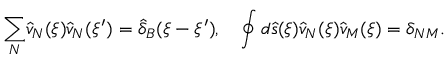
{ \sum _ { N } } { \hat { v } _ { N } } ( \xi ) { \hat { v } _ { N } } ( \xi ^ { \prime } ) = { \hat { \delta } _ { B } } ( \xi - \xi ^ { \prime } ) , \quad \oint { d } \hat { s } ( \xi ) { \hat { v } _ { N } } ( \xi ) { \hat { v } _ { M } } ( \xi ) = { \delta _ { N M } } .